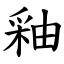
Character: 釉